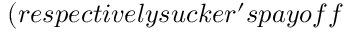
( r e s p e c t i v e l y s u c k e r ^ { \prime } s p a y o f f